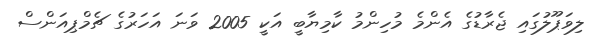
ލިވަޕޫލުގައި ޖެރާޑުގެ އެންމެ މުހިންމު ކާމިޔާބީ އަކީ 2005 ވަނަ އަހަރުގެ ޗެމްޕިއަންސް